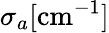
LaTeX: \sigma_{a}[\mathrm{cm}^{-1}]